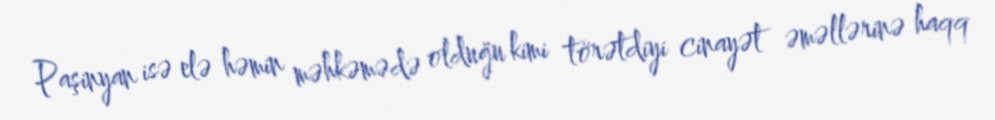
Paşinyan isə elə həmin məhkəmədə olduğu kimi törətdiyi cinayət əməllərinə haqq